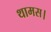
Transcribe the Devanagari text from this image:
थामस।